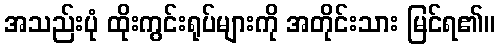
အသည်းပုံ ထိုးကွင်းရုပ်များကို အတိုင်းသား မြင်ရ၏။